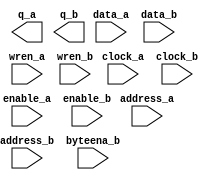
// megafunction wizard: %RAM: 2-PORT%VBB%
// GENERATION: STANDARD
// VERSION: WM1.0
// MODULE: altsyncram 

// ============================================================
// Megafunction Name(s):
// 			altsyncram
//
// Simulation Library Files(s):
// 			altera_mf
// ============================================================
// ************************************************************
// THIS IS A WIZARD-GENERATED FILE. DO NOT EDIT THIS FILE!
//
// 9.1 Build 222 10/21/2009 SJ Web Edition
// ************************************************************

//Copyright (C) 1991-2009 Altera Corporation
//Your use of Altera Corporation's design tools, logic functions 
//and other software and tools, and its AMPP partner logic 
//functions, and any output files from any of the foregoing 
//(including device programming or simulation files), and any 
//associated documentation or information are expressly subject 
//to the terms and conditions of the Altera Program License 
//Subscription Agreement, Altera MegaCore Function License 
//Agreement, or other applicable license agreement, including, 
//without limitation, that your use is for the sole purpose of 
//programming logic devices manufactured by Altera and sold by 
//Altera or its authorized distributors.  Please refer to the 
//applicable agreement for further details.

module ram2port_inst_data (
	address_a,
	address_b,
	byteena_b,
	clock_a,
	clock_b,
	data_a,
	data_b,
	enable_a,
	enable_b,
	wren_a,
	wren_b,
	q_a,
	q_b);

	input	[10:0]  address_a;
	input	[10:0]  address_b;
	input	[3:0]  byteena_b;
	input	  clock_a;
	input	  clock_b;
	input	[31:0]  data_a;
	input	[31:0]  data_b;
	input	  enable_a;
	input	  enable_b;
	input	  wren_a;
	input	  wren_b;
	output	[31:0]  q_a;
	output	[31:0]  q_b;
`ifndef ALTERA_RESERVED_QIS
// synopsys translate_off
`endif
	tri1	[3:0]  byteena_b;
	tri1	  enable_a;
	tri1	  enable_b;
	tri1	  wren_a;
	tri1	  wren_b;
`ifndef ALTERA_RESERVED_QIS
// synopsys translate_on
`endif

endmodule

// ============================================================
// CNX file retrieval info
// ============================================================
// Retrieval info: PRIVATE: ADDRESSSTALL_A NUMERIC "0"
// Retrieval info: PRIVATE: ADDRESSSTALL_B NUMERIC "0"
// Retrieval info: PRIVATE: BYTEENA_ACLR_A NUMERIC "0"
// Retrieval info: PRIVATE: BYTEENA_ACLR_B NUMERIC "0"
// Retrieval info: PRIVATE: BYTE_ENABLE_A NUMERIC "0"
// Retrieval info: PRIVATE: BYTE_ENABLE_B NUMERIC "1"
// Retrieval info: PRIVATE: BYTE_SIZE NUMERIC "8"
// Retrieval info: PRIVATE: BlankMemory NUMERIC "0"
// Retrieval info: PRIVATE: CLOCK_ENABLE_INPUT_A NUMERIC "1"
// Retrieval info: PRIVATE: CLOCK_ENABLE_INPUT_B NUMERIC "1"
// Retrieval info: PRIVATE: CLOCK_ENABLE_OUTPUT_A NUMERIC "1"
// Retrieval info: PRIVATE: CLOCK_ENABLE_OUTPUT_B NUMERIC "1"
// Retrieval info: PRIVATE: CLRdata NUMERIC "0"
// Retrieval info: PRIVATE: CLRq NUMERIC "0"
// Retrieval info: PRIVATE: CLRrdaddress NUMERIC "0"
// Retrieval info: PRIVATE: CLRrren NUMERIC "0"
// Retrieval info: PRIVATE: CLRwraddress NUMERIC "0"
// Retrieval info: PRIVATE: CLRwren NUMERIC "0"
// Retrieval info: PRIVATE: Clock NUMERIC "5"
// Retrieval info: PRIVATE: Clock_A NUMERIC "0"
// Retrieval info: PRIVATE: Clock_B NUMERIC "0"
// Retrieval info: PRIVATE: ECC NUMERIC "0"
// Retrieval info: PRIVATE: IMPLEMENT_IN_LES NUMERIC "0"
// Retrieval info: PRIVATE: INDATA_ACLR_B NUMERIC "0"
// Retrieval info: PRIVATE: INDATA_REG_B NUMERIC "1"
// Retrieval info: PRIVATE: INIT_FILE_LAYOUT STRING "PORT_A"
// Retrieval info: PRIVATE: INIT_TO_SIM_X NUMERIC "0"
// Retrieval info: PRIVATE: INTENDED_DEVICE_FAMILY STRING "Cyclone II"
// Retrieval info: PRIVATE: JTAG_ENABLED NUMERIC "0"
// Retrieval info: PRIVATE: JTAG_ID STRING "NONE"
// Retrieval info: PRIVATE: MAXIMUM_DEPTH NUMERIC "0"
// Retrieval info: PRIVATE: MEMSIZE NUMERIC "65536"
// Retrieval info: PRIVATE: MEM_IN_BITS NUMERIC "0"
// Retrieval info: PRIVATE: MIFfilename STRING "insts_data.mif"
// Retrieval info: PRIVATE: OPERATION_MODE NUMERIC "3"
// Retrieval info: PRIVATE: OUTDATA_ACLR_B NUMERIC "0"
// Retrieval info: PRIVATE: OUTDATA_REG_B NUMERIC "0"
// Retrieval info: PRIVATE: RAM_BLOCK_TYPE NUMERIC "0"
// Retrieval info: PRIVATE: READ_DURING_WRITE_MODE_MIXED_PORTS NUMERIC "2"
// Retrieval info: PRIVATE: READ_DURING_WRITE_MODE_PORT_A NUMERIC "4"
// Retrieval info: PRIVATE: READ_DURING_WRITE_MODE_PORT_B NUMERIC "4"
// Retrieval info: PRIVATE: REGdata NUMERIC "1"
// Retrieval info: PRIVATE: REGq NUMERIC "0"
// Retrieval info: PRIVATE: REGrdaddress NUMERIC "0"
// Retrieval info: PRIVATE: REGrren NUMERIC "0"
// Retrieval info: PRIVATE: REGwraddress NUMERIC "1"
// Retrieval info: PRIVATE: REGwren NUMERIC "1"
// Retrieval info: PRIVATE: SYNTH_WRAPPER_GEN_POSTFIX STRING "0"
// Retrieval info: PRIVATE: USE_DIFF_CLKEN NUMERIC "0"
// Retrieval info: PRIVATE: UseDPRAM NUMERIC "1"
// Retrieval info: PRIVATE: VarWidth NUMERIC "0"
// Retrieval info: PRIVATE: WIDTH_READ_A NUMERIC "32"
// Retrieval info: PRIVATE: WIDTH_READ_B NUMERIC "32"
// Retrieval info: PRIVATE: WIDTH_WRITE_A NUMERIC "32"
// Retrieval info: PRIVATE: WIDTH_WRITE_B NUMERIC "32"
// Retrieval info: PRIVATE: WRADDR_ACLR_B NUMERIC "0"
// Retrieval info: PRIVATE: WRADDR_REG_B NUMERIC "1"
// Retrieval info: PRIVATE: WRCTRL_ACLR_B NUMERIC "0"
// Retrieval info: PRIVATE: enable NUMERIC "1"
// Retrieval info: PRIVATE: rden NUMERIC "0"
// Retrieval info: CONSTANT: ADDRESS_REG_B STRING "CLOCK1"
// Retrieval info: CONSTANT: BYTEENA_REG_B STRING "CLOCK1"
// Retrieval info: CONSTANT: BYTE_SIZE NUMERIC "8"
// Retrieval info: CONSTANT: CLOCK_ENABLE_INPUT_A STRING "NORMAL"
// Retrieval info: CONSTANT: CLOCK_ENABLE_INPUT_B STRING "NORMAL"
// Retrieval info: CONSTANT: CLOCK_ENABLE_OUTPUT_A STRING "BYPASS"
// Retrieval info: CONSTANT: CLOCK_ENABLE_OUTPUT_B STRING "BYPASS"
// Retrieval info: CONSTANT: INDATA_REG_B STRING "CLOCK1"
// Retrieval info: CONSTANT: INIT_FILE STRING "insts_data.mif"
// Retrieval info: CONSTANT: INTENDED_DEVICE_FAMILY STRING "Cyclone II"
// Retrieval info: CONSTANT: LPM_TYPE STRING "altsyncram"
// Retrieval info: CONSTANT: NUMWORDS_A NUMERIC "2048"
// Retrieval info: CONSTANT: NUMWORDS_B NUMERIC "2048"
// Retrieval info: CONSTANT: OPERATION_MODE STRING "BIDIR_DUAL_PORT"
// Retrieval info: CONSTANT: OUTDATA_ACLR_A STRING "NONE"
// Retrieval info: CONSTANT: OUTDATA_ACLR_B STRING "NONE"
// Retrieval info: CONSTANT: OUTDATA_REG_A STRING "UNREGISTERED"
// Retrieval info: CONSTANT: OUTDATA_REG_B STRING "UNREGISTERED"
// Retrieval info: CONSTANT: POWER_UP_UNINITIALIZED STRING "FALSE"
// Retrieval info: CONSTANT: WIDTHAD_A NUMERIC "11"
// Retrieval info: CONSTANT: WIDTHAD_B NUMERIC "11"
// Retrieval info: CONSTANT: WIDTH_A NUMERIC "32"
// Retrieval info: CONSTANT: WIDTH_B NUMERIC "32"
// Retrieval info: CONSTANT: WIDTH_BYTEENA_A NUMERIC "1"
// Retrieval info: CONSTANT: WIDTH_BYTEENA_B NUMERIC "4"
// Retrieval info: CONSTANT: WRCONTROL_WRADDRESS_REG_B STRING "CLOCK1"
// Retrieval info: USED_PORT: address_a 0 0 11 0 INPUT NODEFVAL address_a[10..0]
// Retrieval info: USED_PORT: address_b 0 0 11 0 INPUT NODEFVAL address_b[10..0]
// Retrieval info: USED_PORT: byteena_b 0 0 4 0 INPUT VCC byteena_b[3..0]
// Retrieval info: USED_PORT: clock_a 0 0 0 0 INPUT NODEFVAL clock_a
// Retrieval info: USED_PORT: clock_b 0 0 0 0 INPUT NODEFVAL clock_b
// Retrieval info: USED_PORT: data_a 0 0 32 0 INPUT NODEFVAL data_a[31..0]
// Retrieval info: USED_PORT: data_b 0 0 32 0 INPUT NODEFVAL data_b[31..0]
// Retrieval info: USED_PORT: enable_a 0 0 0 0 INPUT VCC enable_a
// Retrieval info: USED_PORT: enable_b 0 0 0 0 INPUT VCC enable_b
// Retrieval info: USED_PORT: q_a 0 0 32 0 OUTPUT NODEFVAL q_a[31..0]
// Retrieval info: USED_PORT: q_b 0 0 32 0 OUTPUT NODEFVAL q_b[31..0]
// Retrieval info: USED_PORT: wren_a 0 0 0 0 INPUT VCC wren_a
// Retrieval info: USED_PORT: wren_b 0 0 0 0 INPUT VCC wren_b
// Retrieval info: CONNECT: @data_a 0 0 32 0 data_a 0 0 32 0
// Retrieval info: CONNECT: @wren_a 0 0 0 0 wren_a 0 0 0 0
// Retrieval info: CONNECT: q_a 0 0 32 0 @q_a 0 0 32 0
// Retrieval info: CONNECT: q_b 0 0 32 0 @q_b 0 0 32 0
// Retrieval info: CONNECT: @address_a 0 0 11 0 address_a 0 0 11 0
// Retrieval info: CONNECT: @data_b 0 0 32 0 data_b 0 0 32 0
// Retrieval info: CONNECT: @address_b 0 0 11 0 address_b 0 0 11 0
// Retrieval info: CONNECT: @wren_b 0 0 0 0 wren_b 0 0 0 0
// Retrieval info: CONNECT: @byteena_b 0 0 4 0 byteena_b 0 0 4 0
// Retrieval info: CONNECT: @clock0 0 0 0 0 clock_a 0 0 0 0
// Retrieval info: CONNECT: @clocken0 0 0 0 0 enable_a 0 0 0 0
// Retrieval info: CONNECT: @clock1 0 0 0 0 clock_b 0 0 0 0
// Retrieval info: CONNECT: @clocken1 0 0 0 0 enable_b 0 0 0 0
// Retrieval info: LIBRARY: altera_mf altera_mf.altera_mf_components.all
// Retrieval info: GEN_FILE: TYPE_NORMAL ram2port_inst_data.v TRUE
// Retrieval info: GEN_FILE: TYPE_NORMAL ram2port_inst_data.inc TRUE
// Retrieval info: GEN_FILE: TYPE_NORMAL ram2port_inst_data.cmp TRUE
// Retrieval info: GEN_FILE: TYPE_NORMAL ram2port_inst_data.bsf TRUE
// Retrieval info: GEN_FILE: TYPE_NORMAL ram2port_inst_data_inst.v TRUE
// Retrieval info: GEN_FILE: TYPE_NORMAL ram2port_inst_data_bb.v TRUE
// Retrieval info: GEN_FILE: TYPE_NORMAL ram2port_inst_data_waveforms.html TRUE
// Retrieval info: GEN_FILE: TYPE_NORMAL ram2port_inst_data_wave*.jpg FALSE
// Retrieval info: LIB_FILE: altera_mf